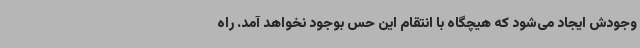
وجودش ایجاد می‌شود که هیچگاه با انتقام این حس بوجود نخواهد آمد. راه